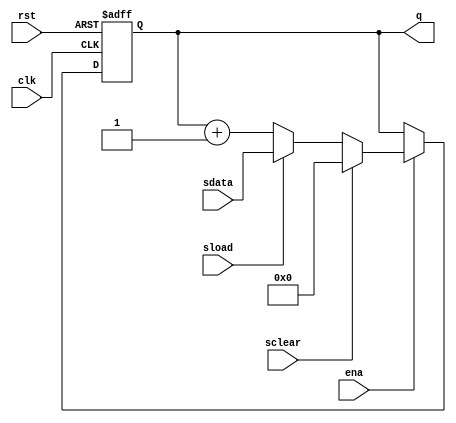
// (C) 2001-2016 Altera Corporation. All rights reserved.
// Your use of Altera Corporation's design tools, logic functions and other 
// software and tools, and its AMPP partner logic functions, and any output 
// files any of the foregoing (including device programming or simulation 
// files), and any associated documentation or information are expressly subject 
// to the terms and conditions of the Altera Program License Subscription 
// Agreement, Altera MegaCore Function License Agreement, or other applicable 
// license agreement, including, without limitation, that your use is for the 
// sole purpose of programming logic devices manufactured by Altera and sold by 
// Altera or its authorized distributors.  Please refer to the applicable 
// agreement for further details.


// $Id: $
// $Revision: $
// $Date: $
// $Author: $
//-----------------------------------------------------------------------------

`timescale 1 ps / 1 ps
// Copyright 2007 Altera Corporation. All rights reserved.  
// Altera products are protected under numerous U.S. and foreign patents, 
// maskwork rights, copyrights and other intellectual property laws.  
//
// This reference design file, and your use thereof, is subject to and governed
// by the terms and conditions of the applicable Altera Reference Design 
// License Agreement (either as signed by you or found at www.altera.com).  By
// using this reference design file, you indicate your acceptance of such terms
// and conditions between you and Altera Corporation.  In the event that you do
// not agree with such terms and conditions, you may not use the reference 
// design file and please promptly destroy any copies you have made.
//
// This reference design file is being provided on an "as-is" basis and as an 
// accommodation and therefore all warranties, representations or guarantees of 
// any kind (whether express, implied or statutory) including, without 
// limitation, warranties of merchantability, non-infringement, or fitness for
// a particular purpose, are specifically disclaimed.  By making this reference
// design file available, Altera expressly does not recommend, suggest or 
// require that this reference design file be used in combination with any 
// other product not provided by Altera.
/////////////////////////////////////////////////////////////////////////////

// baeckler - 06-16-2006
//
// Standard issue binary counter with all of the register secondary
// hardware. (1 cell per bit)

module cntr (clk,ena,rst,sload,sdata,sclear,q);

parameter WIDTH = 16;

input clk,ena,rst,sload,sclear;
input [WIDTH-1:0] sdata;

output [WIDTH-1:0] q;
reg [WIDTH-1:0] q;

always @(posedge clk or posedge rst) begin
	if (rst) q <= 0;
	else begin
		if (ena) begin
			if (sclear) q <= 0;
			else if (sload) q <= sdata;
			else q <= q + 1'b1;
		end
	end
end

endmodule
// BENCHMARK INFO :  5SGXEA7N2F45C2
// BENCHMARK INFO :  Max depth :  2.5 LUTs
// BENCHMARK INFO :  Total registers : 16
// BENCHMARK INFO :  Total pins : 37
// BENCHMARK INFO :  Total virtual pins : 0
// BENCHMARK INFO :  Total block memory bits : 0
// BENCHMARK INFO :  Comb ALUTs :                         ; 17              ;       ;
// BENCHMARK INFO :  ALMs : 9 / 234,720 ( < 1 % )
// BENCHMARK INFO :  Worst setup path @ 468.75MHz : 1.245 ns, From q[2]~reg0, To q[15]~reg0}
// BENCHMARK INFO :  Worst setup path @ 468.75MHz : 1.223 ns, From q[0]~reg0, To q[15]~reg0}
// BENCHMARK INFO :  Worst setup path @ 468.75MHz : 1.225 ns, From q[0]~reg0, To q[15]~reg0}